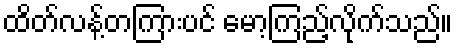
ထိတ်လန့်တကြားပင် မော့ကြည့်လိုက်သည်။